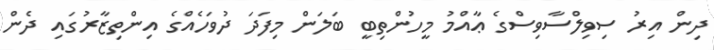
ދިން އިރު ސިވިލްސާވިސްގެ ޢާއްމު މީހުންތިބީ ބަލަން މިފަދަ ދުވަހެއްގެ އިންތިޒާރުގައި ދެން